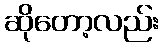
ဆိုတော့လည်း